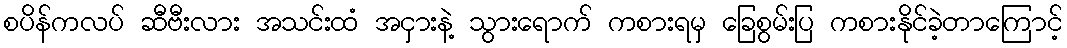
စပိန်ကလပ် ဆီဗီးလား အသင်းထံ အငှားနဲ့ သွားရောက် ကစားရမှ ခြေစွမ်းပြ ကစားနိုင်ခဲ့တာကြောင့်